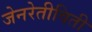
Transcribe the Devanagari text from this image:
जेनरेतीविती